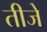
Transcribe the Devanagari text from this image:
तीजे